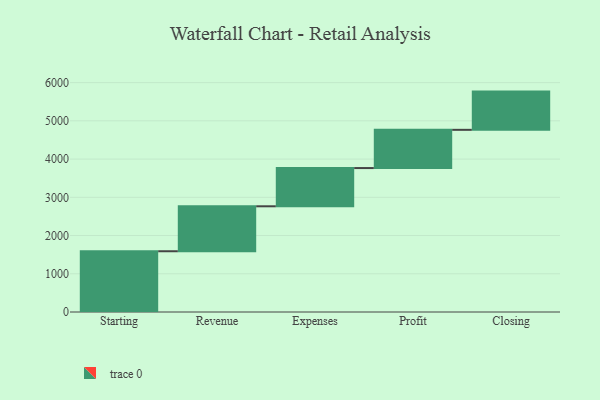
{"axis": {"x": "Step", "y": "Value"}, "legend": [""], "data": [{"x": "Starting", "y": 1589.0, "type": ""}, {"x": "Revenue", "y": 1176.0, "type": ""}, {"x": "Expenses", "y": 1000, "type": ""}, {"x": "Profit", "y": 1000, "type": ""}, {"x": "Closing", "y": 1000, "type": ""}]}